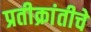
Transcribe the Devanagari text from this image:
प्रतीक्रांतीचे